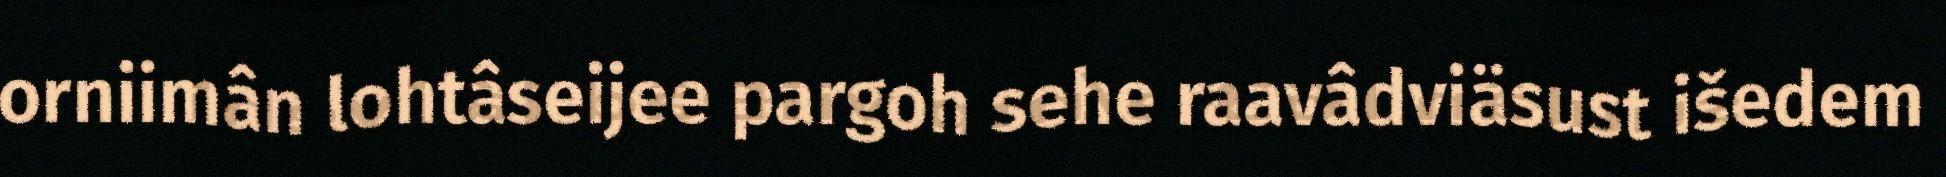
orniimân lohtâseijee pargoh sehe raavâdviäsust išedem